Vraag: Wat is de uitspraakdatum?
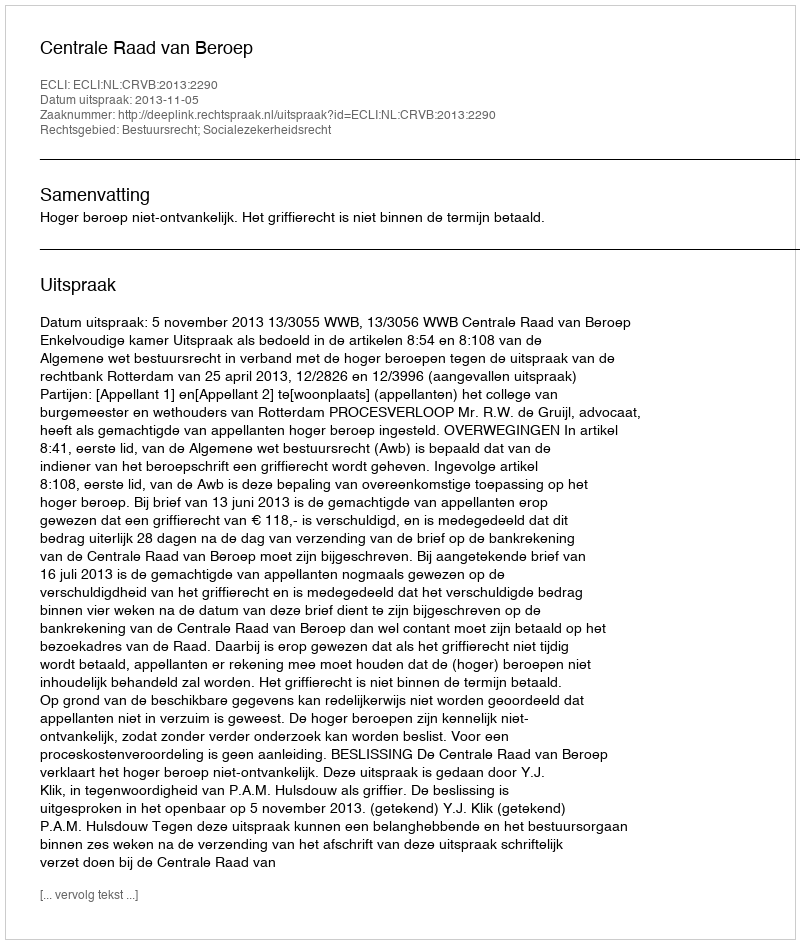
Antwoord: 2013-11-05